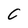
Character: C